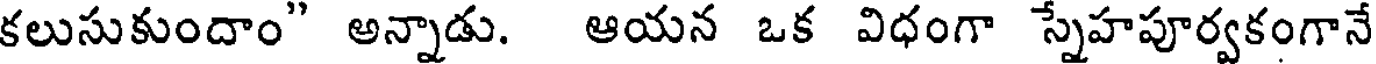
కలుసుకుందాం" అన్నాడు. ఆయన ఒక విధంగా స్నేహపూర్వకంగానే